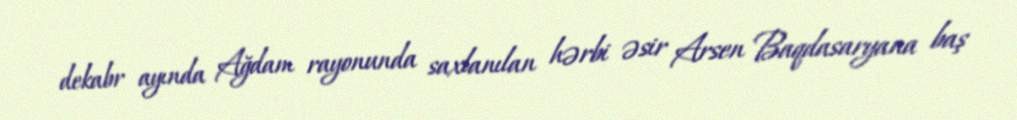
dekabr ayında Ağdam rayonunda saxlanılan hərbi əsir Arsen Baqdasaryana baş